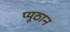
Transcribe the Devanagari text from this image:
प्यूठान